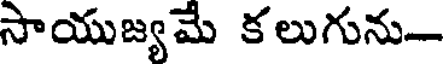
సాయుజ్యమే కలుగును-